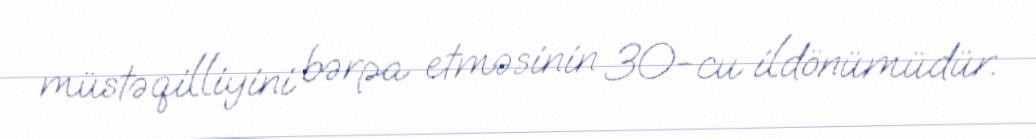
müstəqilliyini bərpa etməsinin 30-cu ildönümüdür.